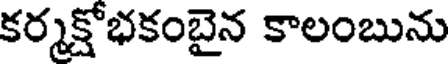
కర్మక్షోభకంబైన కాలంబును